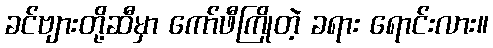
ခင်ဗျားတို့ဆီမှာ ကော်ဖီကြိုတဲ့ ခရား ရောင်းလား။